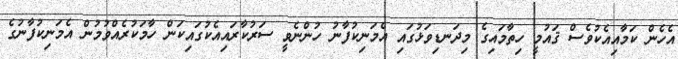
އެހެން ކަމާއިއެކުވެސް ޤައުމީ ހިތާމައިގެ މިދަނޑިވަޅުގައި އެމަނިކުފާނު ހުންނެވީ ސަރުކާރައިއެކުގައިކަން ހާމަކުރެއްވުމުން އެމަނިކުފާނުގެ